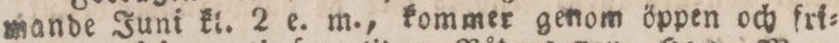
mande Juni kl. 2 e. m., kommer genom öppen och fri=